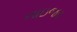
નાઇજર